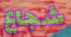
شجاع